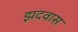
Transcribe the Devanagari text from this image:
झदवास